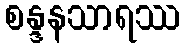
စန္ဒနသာရဿ